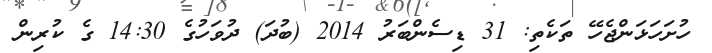
ހުށަހަޅަންޖެހޭ ތަކެތި: 31 ޑިސެންބަރު 2014 (ބުދަ) ދުވަހުގެ 14:30 ގެ ކުރިން